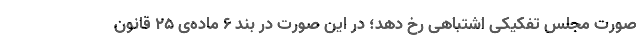
صورت مجلس تفکیکی اشتباهی رخ دهد؛ در این صورت در بند ۶ ماده‌ی ۲۵ قانون